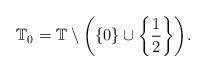
LaTeX: \begin{align*}\mathbb T_0 = \mathbb T\setminus\bigg(\{0\}\cup\bigg\{\frac12\bigg\}\bigg).\end{align*}